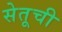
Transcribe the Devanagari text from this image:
सेतूची